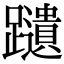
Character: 𫏩